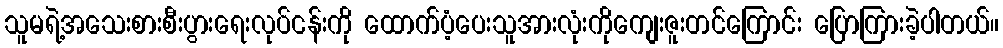
သူမရဲ့အသေးစားစီးပွားရေးလုပ်ငန်းကို ထောက်ပံ့ပေးသူအားလုံးကိုကျေးဇူးတင်ကြောင်း ပြောကြားခဲ့ပါတယ်။